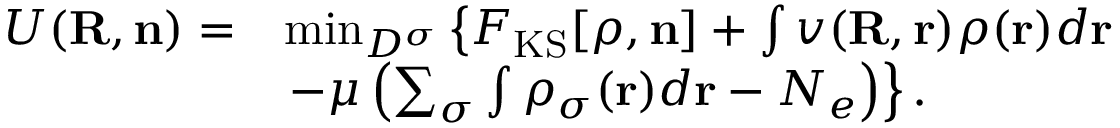
\begin{array} { r l } { { \cal U } ( { \bf R , n } ) = } & { \operatorname* { m i n } _ { D ^ { \sigma } } \left\{ { \cal F } _ { \mathrm { K S } } [ { \boldsymbol \rho } , { \bf n } ] + \int v ( { \bf R , r } ) \rho ( { \bf r } ) d { \bf r } \right. } \\ & { \left. - \mu \left( \sum _ { \sigma } \int \rho _ { \sigma } ( { \bf r } ) d { \bf r } - N _ { e } \right) \right\} . } \end{array}